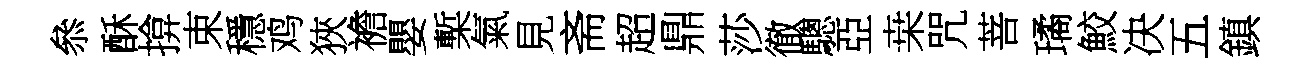
叅酥揜束穩鸡狹襜嬰槧氣見斋超鼎莎徹驄亞桒咒菩璚鮫决五鎮